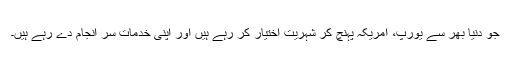
جو دنیا بھر سے یورپ، امریکہ پہنچ کر شہریت اختیار کر رہے ہیں اور اپنی خدمات سر انجام دے رہے ہیں۔